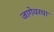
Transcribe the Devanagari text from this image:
जागेवरचा